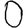
Digit: 0